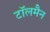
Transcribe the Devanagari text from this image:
टॉलमैन